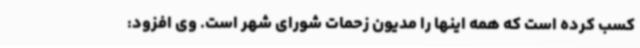
کسب کرده است که همه اینها را مدیون زحمات شورای شهر است. وی افزود: